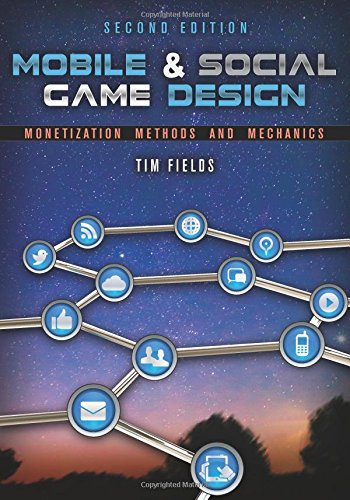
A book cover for Mobile & Social Game Design: Monetization Methods and Mechanics, Second Edition; Tim Fields; Computers & Technology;